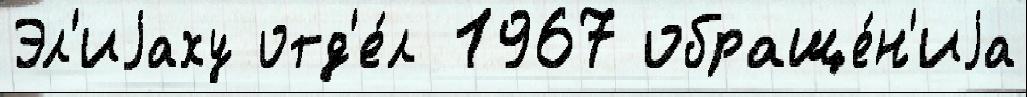
Эл'иjаху отд'е́л 1967 обраще́н'иjа